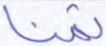
ثمنا